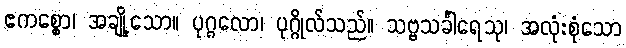
ဧကစ္စော၊ အချို့သော။ ပုဂ္ဂလော၊ ပုဂ္ဂိုလ်သည်။ သဗ္ဗသင်္ခါရေသု၊ အလုံးစုံသော